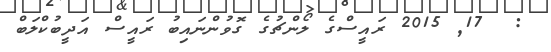
:  17